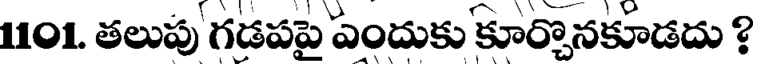
1101. తలుపు గడపపై ఎందుకు కూర్చొనకూడదు ?